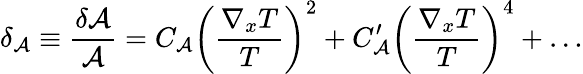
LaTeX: \delta_{\cal A}\equiv{\frac{\delta{\cal A}}{\cal A}}=C_{\cal A}\left(\frac{\nabla_{x}T}{T}\right)^{2}+C_{\cal A}^{\prime}\left(\frac{\nabla_{x}T}{T}\right)^{4}+\ldots